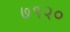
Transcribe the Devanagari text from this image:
७१२०